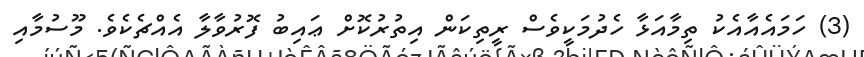
(3) ހަމައެއާއެކު ތިމާއަޅާ ހެދުމަކީވެސް ރީތިކަން އިތުރުކޮށް ޢައިބު ފޮރުވާލާ އެއްޗެކެވެ. މޫސުމާއި